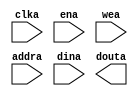
module spartan3_dmem(
	clka,
	ena,
	wea,
	addra,
	dina,
	douta);


input clka;
input ena;
input [0 : 0] wea;
input [9 : 0] addra;
input [7 : 0] dina;
output [7 : 0] douta;

// synthesis translate_off

      BLK_MEM_GEN_V3_3 #(
		.C_ADDRA_WIDTH(10),
		.C_ADDRB_WIDTH(10),
		.C_ALGORITHM(1),
		.C_BYTE_SIZE(9),
		.C_COMMON_CLK(0),
		.C_DEFAULT_DATA("0"),
		.C_DISABLE_WARN_BHV_COLL(0),
		.C_DISABLE_WARN_BHV_RANGE(0),
		.C_FAMILY("spartan3"),
		.C_HAS_ENA(1),
		.C_HAS_ENB(0),
		.C_HAS_INJECTERR(0),
		.C_HAS_MEM_OUTPUT_REGS_A(0),
		.C_HAS_MEM_OUTPUT_REGS_B(0),
		.C_HAS_MUX_OUTPUT_REGS_A(0),
		.C_HAS_MUX_OUTPUT_REGS_B(0),
		.C_HAS_REGCEA(0),
		.C_HAS_REGCEB(0),
		.C_HAS_RSTA(0),
		.C_HAS_RSTB(0),
		.C_INITA_VAL("0"),
		.C_INITB_VAL("0"),
		.C_INIT_FILE_NAME("no_coe_file_loaded"),
		.C_LOAD_INIT_FILE(0),
		.C_MEM_TYPE(0),
		.C_MUX_PIPELINE_STAGES(0),
		.C_PRIM_TYPE(1),
		.C_READ_DEPTH_A(1024),
		.C_READ_DEPTH_B(1024),
		.C_READ_WIDTH_A(8),
		.C_READ_WIDTH_B(8),
		.C_RSTRAM_A(0),
		.C_RSTRAM_B(0),
		.C_RST_PRIORITY_A("CE"),
		.C_RST_PRIORITY_B("CE"),
		.C_RST_TYPE("SYNC"),
		.C_SIM_COLLISION_CHECK("ALL"),
		.C_USE_BYTE_WEA(0),
		.C_USE_BYTE_WEB(0),
		.C_USE_DEFAULT_DATA(0),
		.C_USE_ECC(0),
		.C_WEA_WIDTH(1),
		.C_WEB_WIDTH(1),
		.C_WRITE_DEPTH_A(1024),
		.C_WRITE_DEPTH_B(1024),
		.C_WRITE_MODE_A("WRITE_FIRST"),
		.C_WRITE_MODE_B("WRITE_FIRST"),
		.C_WRITE_WIDTH_A(8),
		.C_WRITE_WIDTH_B(8),
		.C_XDEVICEFAMILY("spartan3"))
	inst (
		.CLKA(clka),
		.ENA(ena),
		.WEA(wea),
		.ADDRA(addra),
		.DINA(dina),
		.DOUTA(douta),
		.RSTA(),
		.REGCEA(),
		.CLKB(),
		.RSTB(),
		.ENB(),
		.REGCEB(),
		.WEB(),
		.ADDRB(),
		.DINB(),
		.DOUTB(),
		.INJECTSBITERR(),
		.INJECTDBITERR(),
		.SBITERR(),
		.DBITERR(),
		.RDADDRECC());


// synthesis translate_on

// XST black box declaration
// box_type "black_box"
// synthesis attribute box_type of spartan3_dmem is "black_box"

endmodule